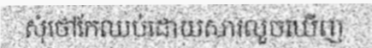
សុំថៅកែឈប់ដោយសារលួចឃើញ